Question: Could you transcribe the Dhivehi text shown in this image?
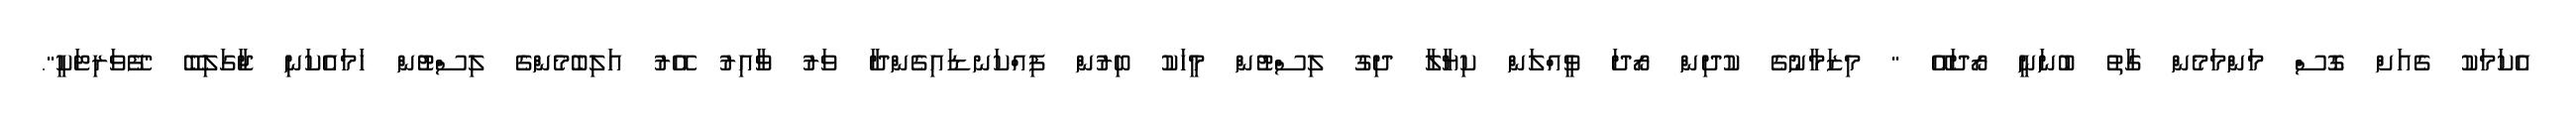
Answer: އެކަމަކު ގެއަށް ގޮސް މަންމަމެން ގާތު ބުނަނީ ރޯދައޭ " މިޒަމާނުގެ ކުދިން ރޯދަ ވީއްލަން ކިޔާލާ ދިގު ލިސްޓުން މީހަކު ބިރުން ފިއްކަނޑައިގެންދާ ވަރު ވާއިރު އޭރު އަލިބެމެންގެ ލިސްޓުން ހަމައެކަނި ޖާގަލިބޭ "ފޭވަރިޓަކީ".